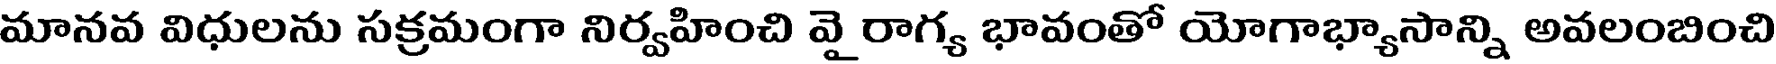
మానవ విధులను సక్రమంగా నిర్వహించి వై రాగ్య భావంతో యోగాభ్యాసాన్ని అవలంబించి